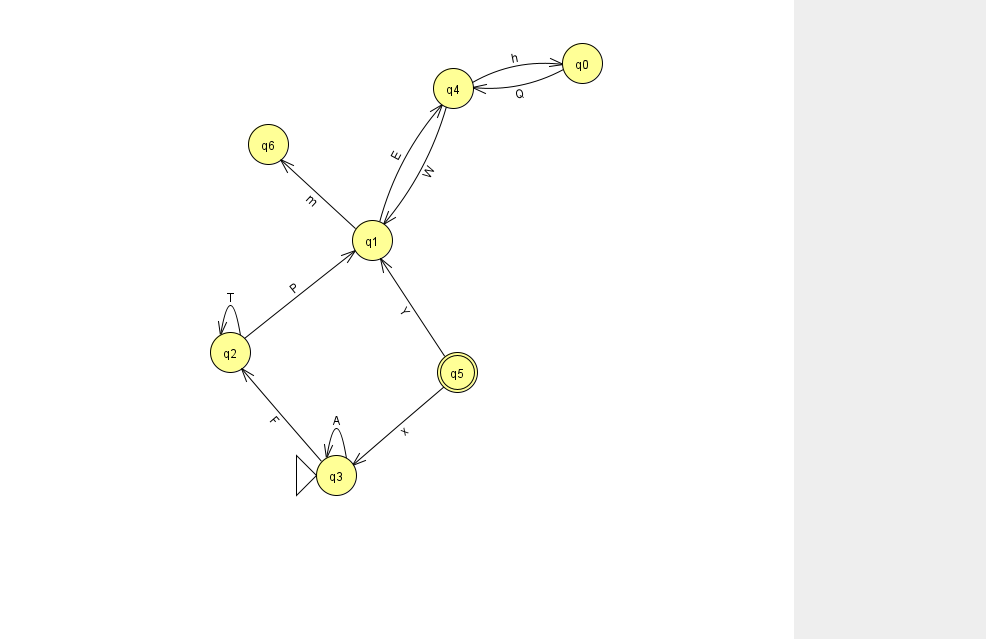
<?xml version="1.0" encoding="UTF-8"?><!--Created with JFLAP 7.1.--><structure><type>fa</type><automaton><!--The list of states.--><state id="0" name="q0"><x>582.0</x><y>50.0</y></state><state id="1" name="q1"><x>372.0</x><y>227.0</y></state><state id="2" name="q2"><x>230.0</x><y>339.0</y></state><state id="3" name="q3"><x>336.0</x><y>462.0</y><initial/></state><state id="4" name="q4"><x>453.0</x><y>75.0</y></state><state id="5" name="q5"><x>457.0</x><y>359.0</y><final/></state><state id="6" name="q6"><x>268.0</x><y>131.0</y></state><!--The list of transitions.--><transition><from>3</from><to>3</to><read>A</read></transition><transition><from>4</from><to>0</to><read>h</read></transition><transition><from>1</from><to>6</to><read>m</read></transition><transition><from>2</from><to>2</to><read>T</read></transition><transition><from>0</from><to>4</to><read>Q</read></transition><transition><from>2</from><to>1</to><read>P</read></transition><transition><from>4</from><to>1</to><read>W</read></transition><transition><from>1</from><to>4</to><read>E</read></transition><transition><from>5</from><to>3</to><read>x</read></transition><transition><from>5</from><to>1</to><read>Y</read></transition><transition><from>3</from><to>2</to><read>F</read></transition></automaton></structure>